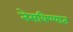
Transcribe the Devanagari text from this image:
नेसविण्यात